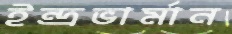
ইন্দ্রভার্মান